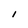
Character: I